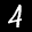
Label: 4